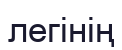
легінің